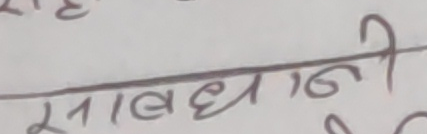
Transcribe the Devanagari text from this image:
सावधानि